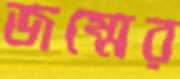
জম্মের